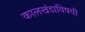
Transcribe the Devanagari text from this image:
कालखंडाविषयी